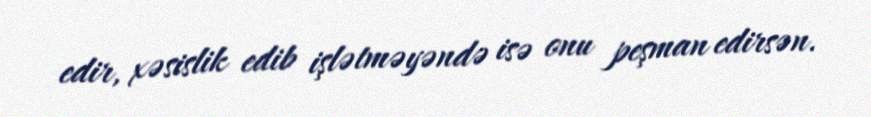
edir, xəsislik edib işlətməyəndə isə onu peşman edirsən.